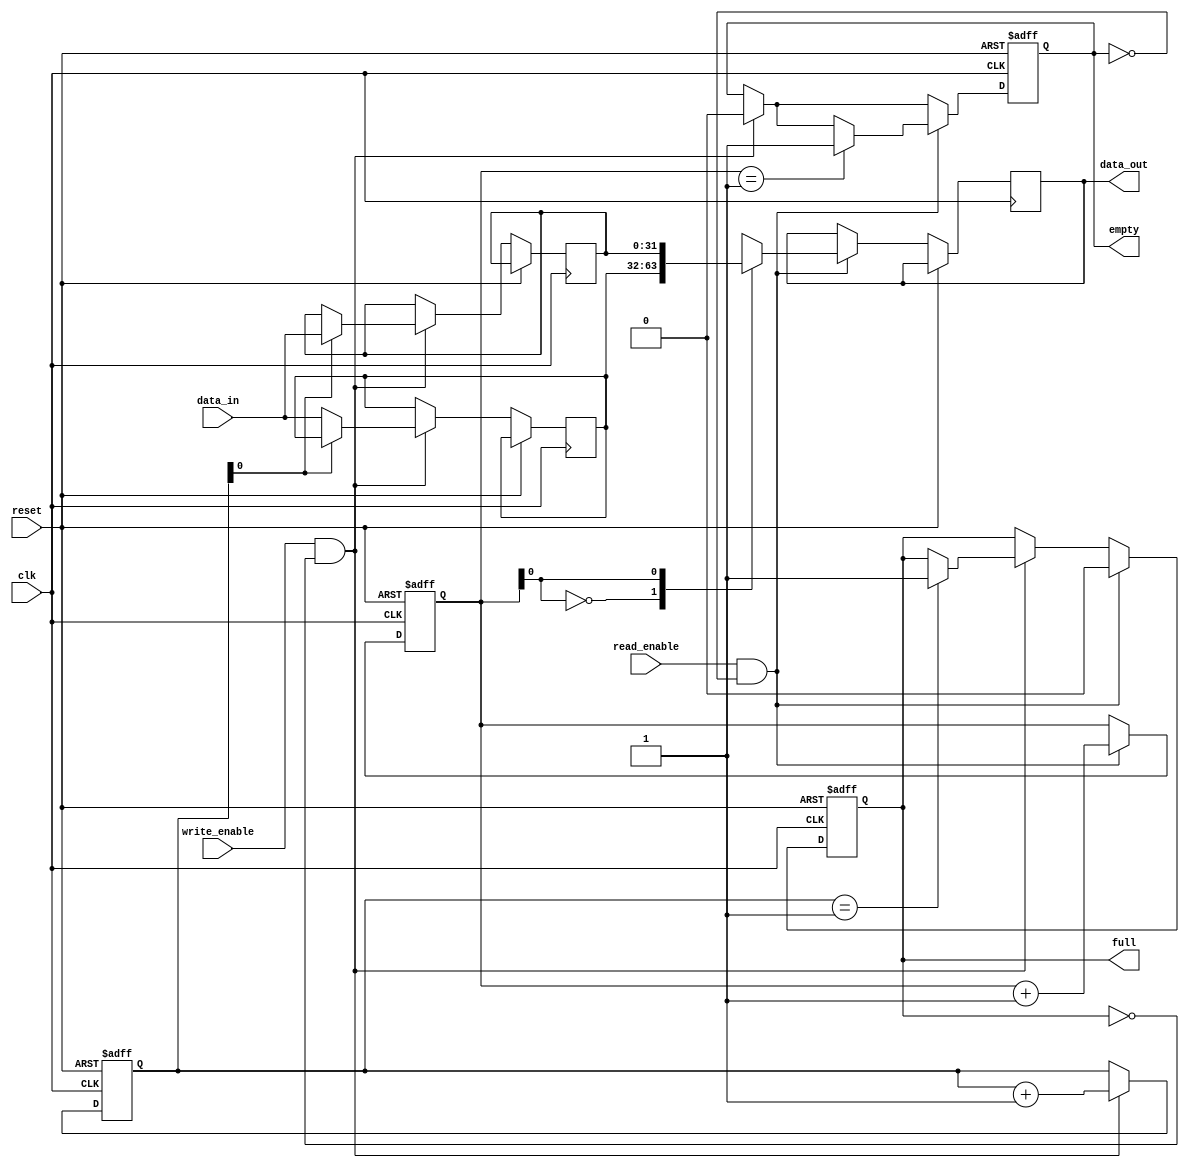
module asynchronous_fifo (
   input wire clk,
   input wire reset,
   input wire write_enable,
   input wire read_enable,
   input wire [31:0] data_in,
   output reg [31:0] data_out,
   output reg empty,
   output reg full
);

reg [31:0] buffer [0:1];
reg [4:0] read_pointer;
reg [4:0] write_pointer;

always @ (posedge clk or posedge reset) begin
   if (reset) begin
      read_pointer <= 0;
      write_pointer <= 0;
      empty <= 1;
      full <= 0;
   end else begin
      if (write_enable && !full) begin
         buffer[write_pointer] <= data_in;
         write_pointer <= write_pointer + 1;
         if (write_pointer == 1) begin
            full <= 1;
         end
         empty <= 0;
      end
      
      if (read_enable && !empty) begin
         data_out <= buffer[read_pointer];
         read_pointer <= read_pointer + 1;
         if (read_pointer == 1) begin
            empty <= 1;
         end
         full <= 0;
      end
   end
end

endmodule